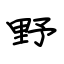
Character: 野